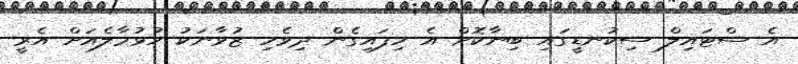
އެ ސްޓައިލް ސިކުނޑީގައި ބިނާކޮށް އެ ހިފައިގެން ދިވެހި ޒުވާނަކު ހުޅުމާލެއަށް އެރީ